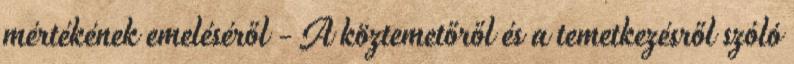
mértékének emeléséről - A köztemetőről és a temetkezésről szóló